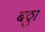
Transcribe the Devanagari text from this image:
बठ्ठा